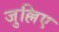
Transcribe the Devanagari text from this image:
जुल्लिए